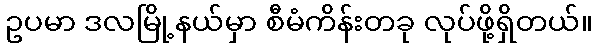
ဥပမာ ဒလမြို့နယ်မှာ စီမံကိန်းတခု လုပ်ဖို့ရှိတယ်။